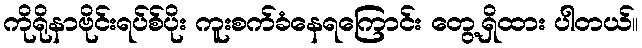
ကိုရိုနာဗိုင်းရပ်စ်ပိုး ကူးစက်ခံနေရကြောင်း တွေ့ရှိထား ပါတယ်။